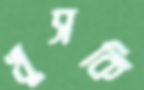
খুসকি